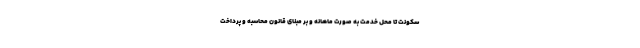
سکونت تا محل خدمت به صورت ماهانه و بر مبنای قانون محاسبه و پرداخت